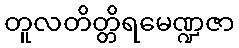
တူလတိတ္တိရမေဏ္ဍဇာ